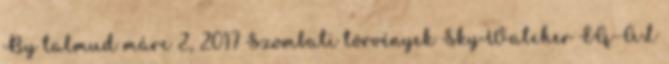
By talmud márc 2, 2017 Szombati törvények SkyWatcher EQ-AL